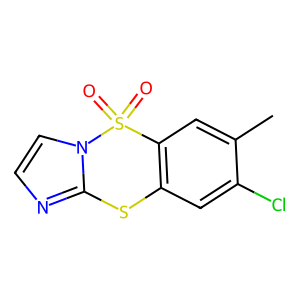
SMILES: Cc1cc2c(cc1Cl)Sc1nccn1S2(=O)=O
Inhibits HIV replication: Yes